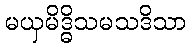
မယှမိဒ္ဓိသမသဒိသာ